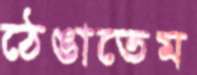
ঠেঙাতেম